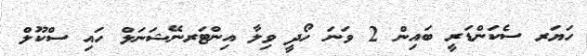
ހަޔަރ ސެކަންޑަރީ ބައިން 2 ވަނަ ހޯދީ ވިލާ އިންޓަރނޭޝަނަލް ހައި ސްކޫލް